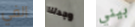
الفي وجدتنا بيني